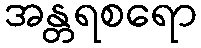
အန္တရစရော